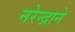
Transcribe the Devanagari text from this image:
नरेन्द्राने